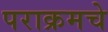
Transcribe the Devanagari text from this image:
पराक्रमचे